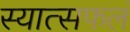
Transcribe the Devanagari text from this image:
स्यात्सफलं